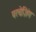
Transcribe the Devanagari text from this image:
परचेज़िंग